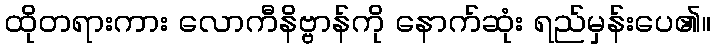
ထိုတရားကား လောကီနိဗ္ဗာန်ကို နောက်ဆုံး ရည်မှန်းပေ၏။